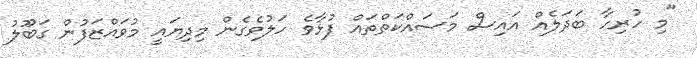
"މި ހުރިހާ ބަދަލެއް އައިސް މަސައްކަތްތައް ފުޅާވެ ހަލުވެގެން މިދިޔައީ މުވައްޒަފުން ގަބޫލު